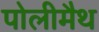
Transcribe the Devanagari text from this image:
पोलीमैथ